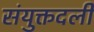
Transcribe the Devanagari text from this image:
संयुक्तदली